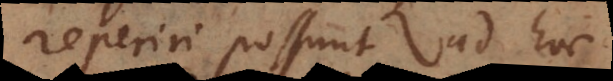
reperiri possunt. Ad haec